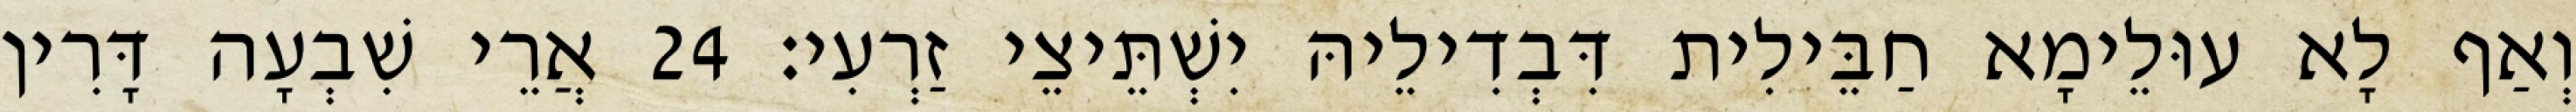
וְאַף לָא עוּלֵימָא חַבֵּילִית דִּבְדִילֵיהּ יִשְׁתֵּיצֵי זַרְעִי׃ 24 אֲרֵי שִׁבְעָה דָּרִין